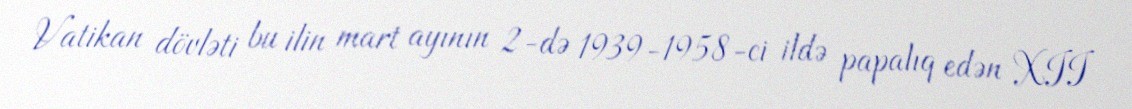
Vatikan dövləti bu ilin mart ayının 2-də 1939-1958-ci ildə papalıq edən XII